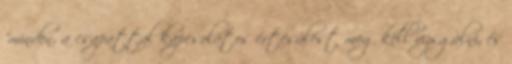
"minden, a csapattal kapcsolatos értesülést meg kell vizsgálni, és